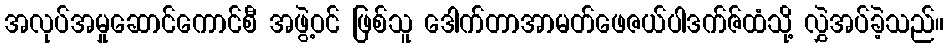
အလုပ်အမှုဆောင်ကောင်စီ အဖွဲ့ဝင် ဖြစ်သူ ဒေါက်တာအာမတ်ဖေဇယ်ပါဒက်ဇ်ထံသို့ လွှဲအပ်ခဲ့သည်။